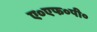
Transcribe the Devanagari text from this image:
ए०एफ०पी०